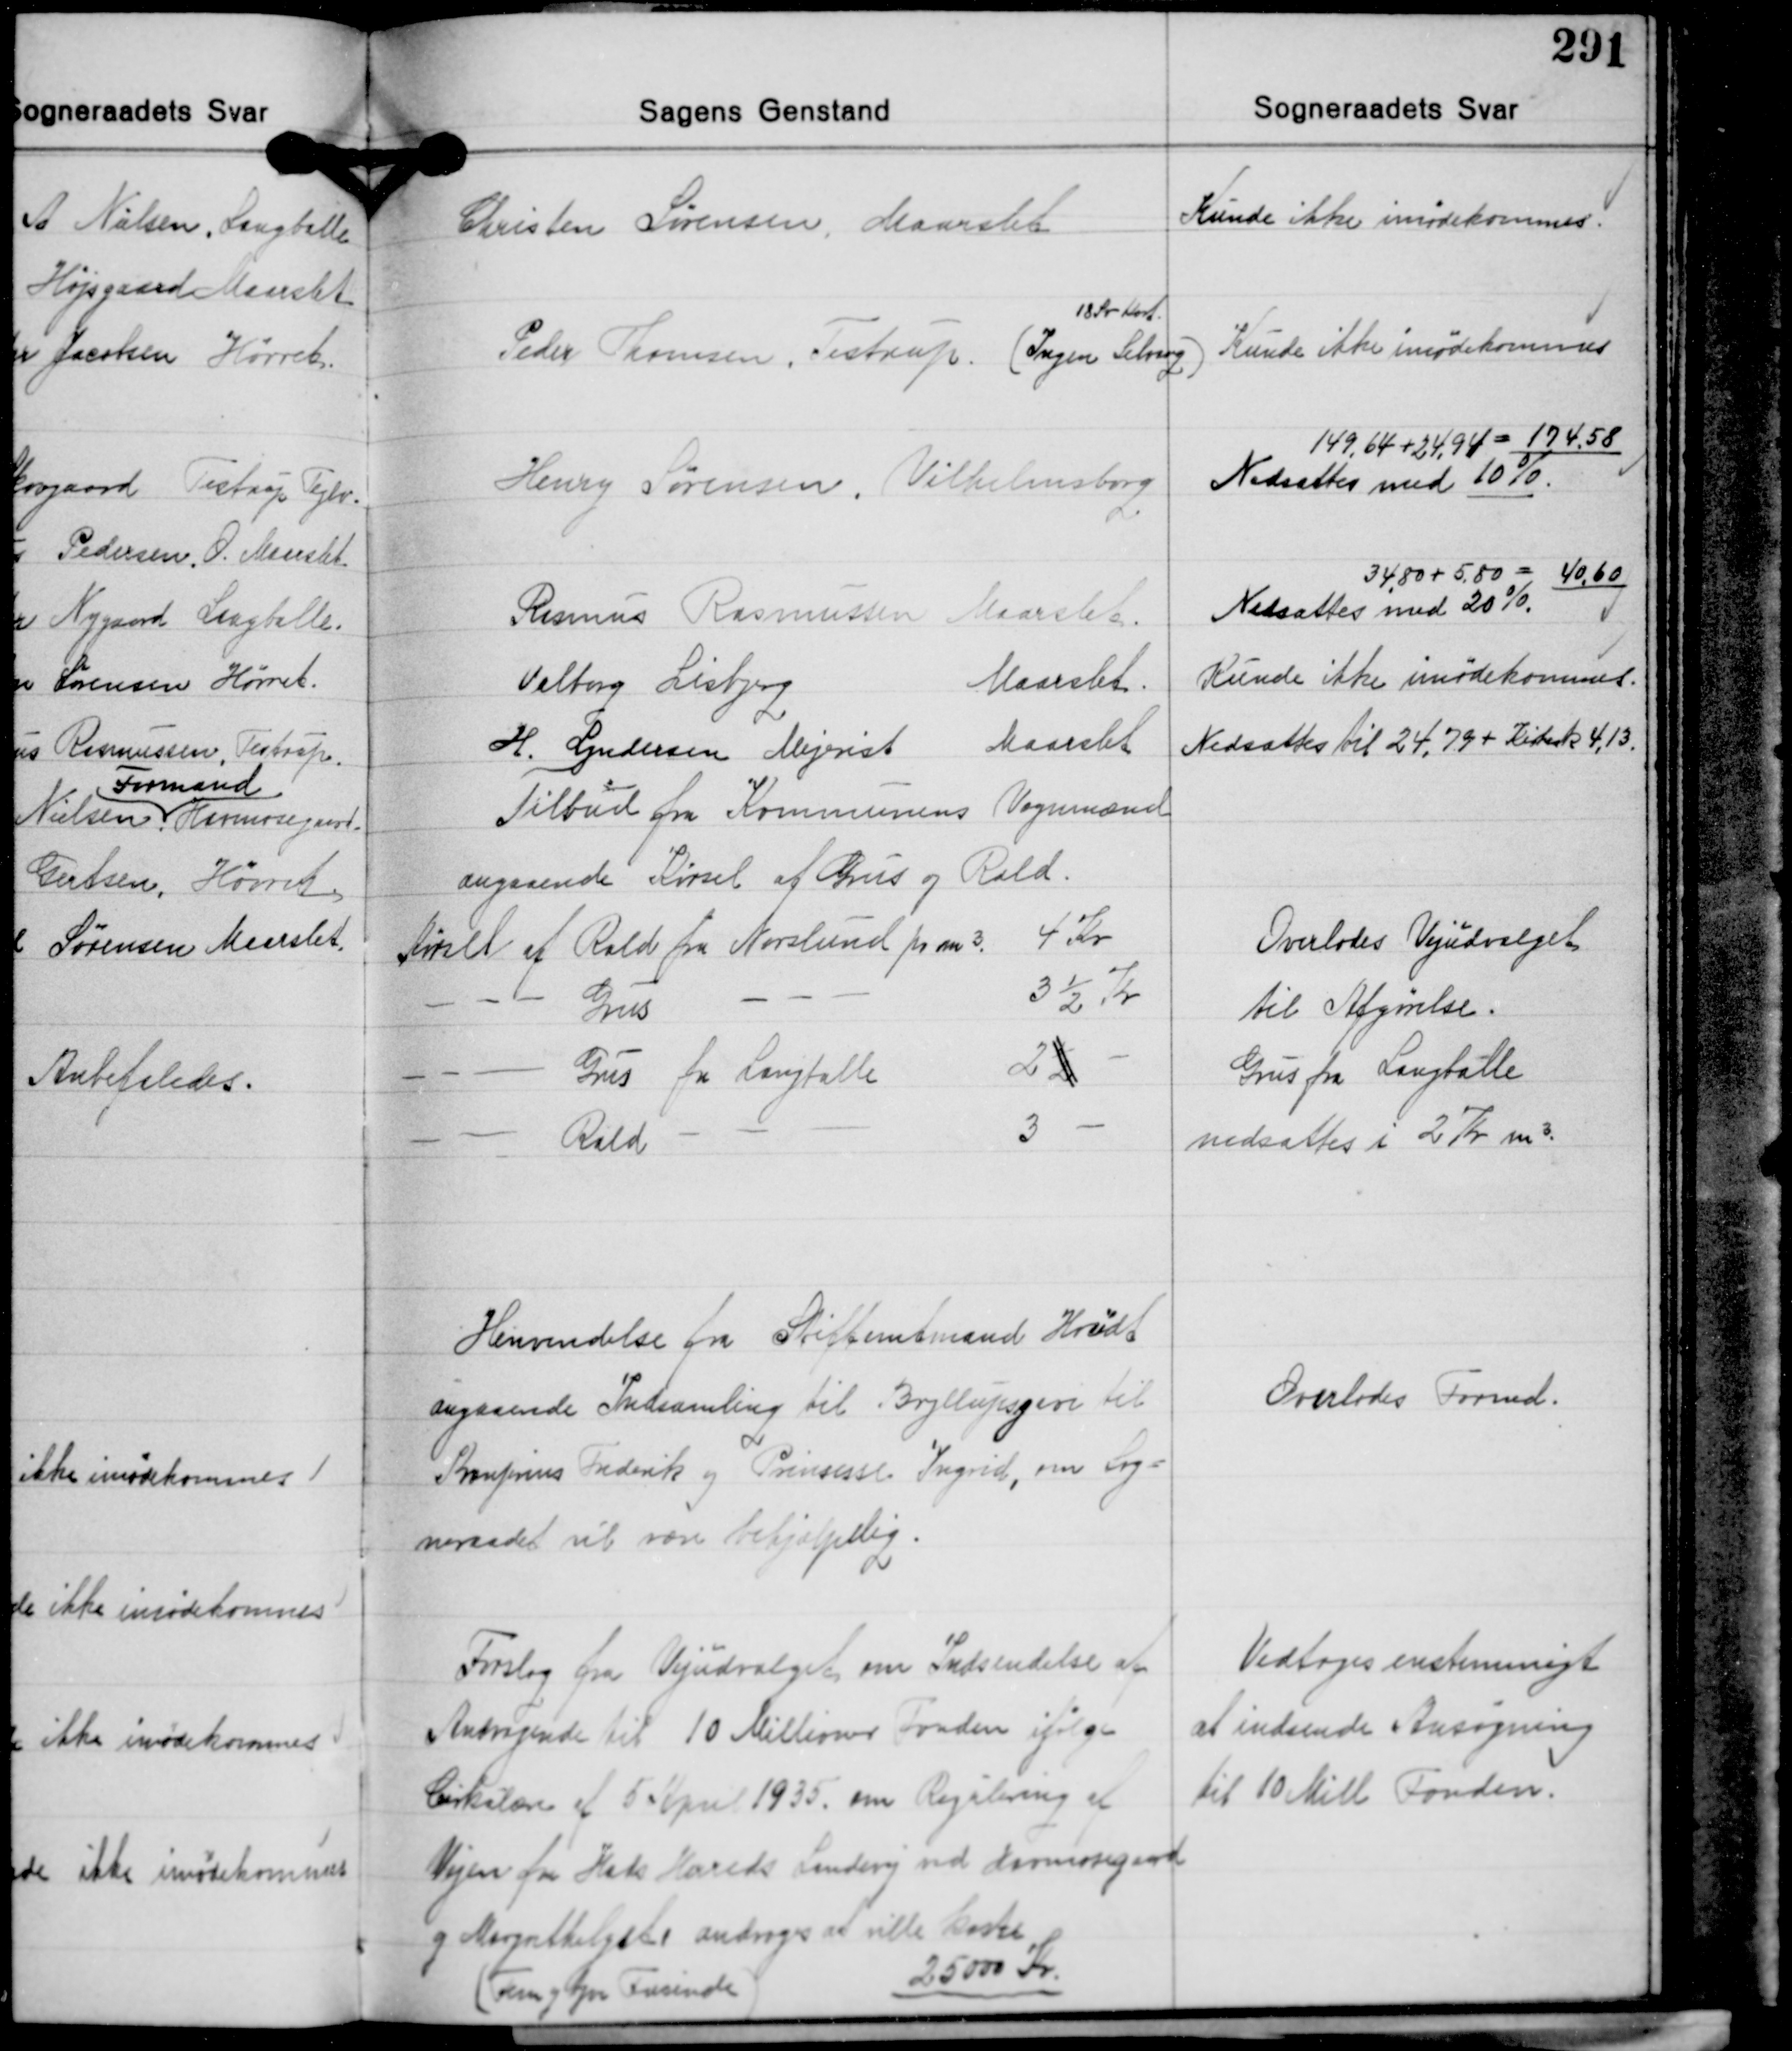
Transskription:
Christen Sørensen, Maarslet

Kunde ikke imødekommes.

18 Kr. Kort.
Peder Thomsen, Testrup. (Ingen Selvang.)

Kunde ikke imødekommes

Henry Sørensen, Vilhelmsborg

149,64 + 24,94 = 174,58
Nedsættes med 10%.

Rasmus Rasmussen Maarslet.
Valborg Lisbjerg Maarslet
H. Lyndersen Mejerist Maarslet
Tilbud fra Kommunens Vognmænd
angaaende Kørsel af Grus og Rald.
Kørsel af Rald fra Norslund pr. m³ 4 Kr.
- - Grus - - - 3½ Kr.
- - Grus fra Langballe 2½ -
- - Rald - - 3 -

34,80 + 5,80 = 40,60
Nedsattes med 20%.
Kunde ikke imødekommes.
Nedsættes til 24,79 + Kirkesk. 4,13.

Overlodes Vejudvalget
til Afgørelse.
Grus fra Langballe
nedsattes i 2 Kr. m³.

Henvendelse fra Stiftamtmand Hoüdt
angaaende Indsamling til Bryllupsgave til
Kronprins Frederik og Prinsesse Ingrid, om Sog-
neraadet vil være behjælpelig.

Overlodes Formd.

Forslag fra Vejudvalget om Indsendelse af
Andragende til 10 Millioner Fonden ifølge
Cirkulære af 5 April 1935 om Regulering af
Vejen fra Hads Herreds Landevej ved Hørmosegaard
og Margrethelyst androges at ville koste
(Fem og tyve Tusinde) 25.000 Kr.

Vedtoges enstemmigt
at indsende Ansøgning
til 10 Mill. Fonden.